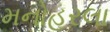
મનોહરલા